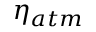
\eta _ { a t m }